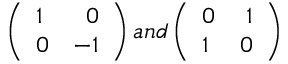
\left( \begin{array} { l r } { { 1 } } & { { 0 } } \\ { { 0 } } & { { - 1 } } \end{array} \right) a n d \left( \begin{array} { l r } { { 0 } } & { { 1 } } \\ { { 1 } } & { { 0 } } \end{array} \right)